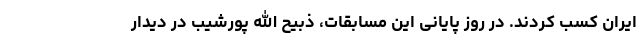
ایران کسب کردند. در روز پایانی این مسابقات، ذبیح الله پورشیب در دیدار